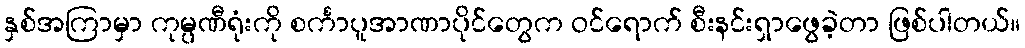
နှစ်အကြာမှာ ကုမ္ပဏီရုံးကို စင်္ကာပူအာဏာပိုင်တွေက ဝင်ရောက် စီးနင်းရှာဖွေခဲ့တာ ဖြစ်ပါတယ်။